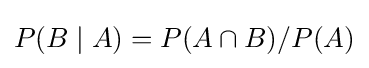
P(B\mid A)=P(A\cap B)/P(A)